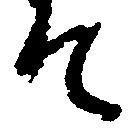
て